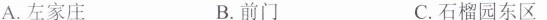
A.左家庄 B.前门 C.石榴园东区